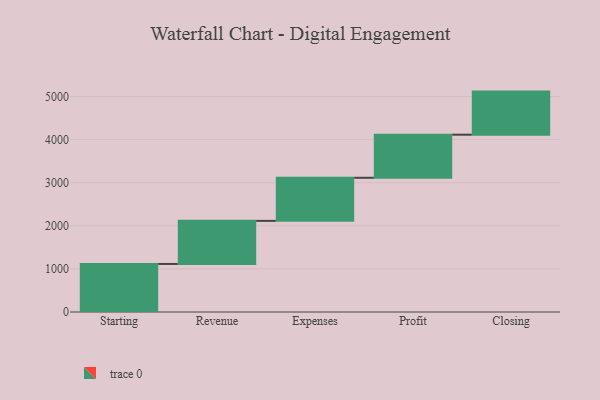
{"axis": {"x": "Step", "y": "Value"}, "legend": [""], "data": [{"x": "Starting", "y": 1115.0, "type": ""}, {"x": "Revenue", "y": 1000, "type": ""}, {"x": "Expenses", "y": 1000, "type": ""}, {"x": "Profit", "y": 1000, "type": ""}, {"x": "Closing", "y": 1000, "type": ""}]}